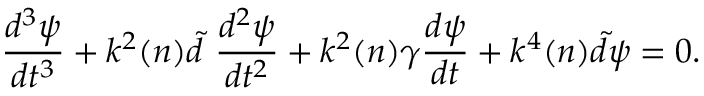
\frac { d ^ { 3 } \psi } { d t ^ { 3 } } + k ^ { 2 } ( n ) \widetilde { d } ~ \frac { d ^ { 2 } \psi } { d t ^ { 2 } } + k ^ { 2 } ( n ) \gamma \frac { d \psi } { d t } + k ^ { 4 } ( n ) \widetilde { d } \psi = 0 .